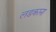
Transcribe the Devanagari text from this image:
लडकाना